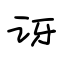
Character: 讶